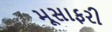
મૂસાફરી